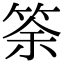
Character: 筡